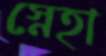
স্নেহা